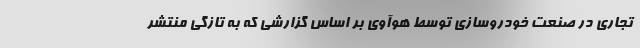
تجاری در صنعت خودروسازی توسط هوآوی بر اساس گزارشی که به تازگی منتشر